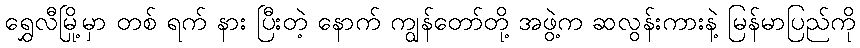
ရွှေလီမြို့မှာ တစ် ရက် နား ပြီးတဲ့ နောက် ကျွန်တော်တို့ အဖွဲ့က ဆလွန်းကားနဲ့ မြန်မာပြည်ကို